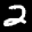
Label: 2